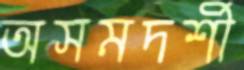
অসমদর্শী